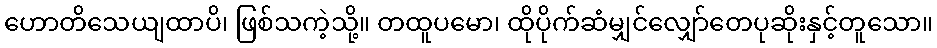
ဟောတိသေယျထာပိ၊ ဖြစ်သကဲ့သို့။ တထူပမော၊ ထိုပိုက်ဆံမျှင်လျှော်တေပုဆိုးနှင့်တူသော။